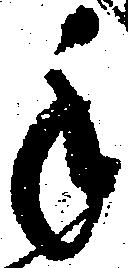
手